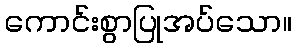
ကောင်းစွာပြုအပ်သော။